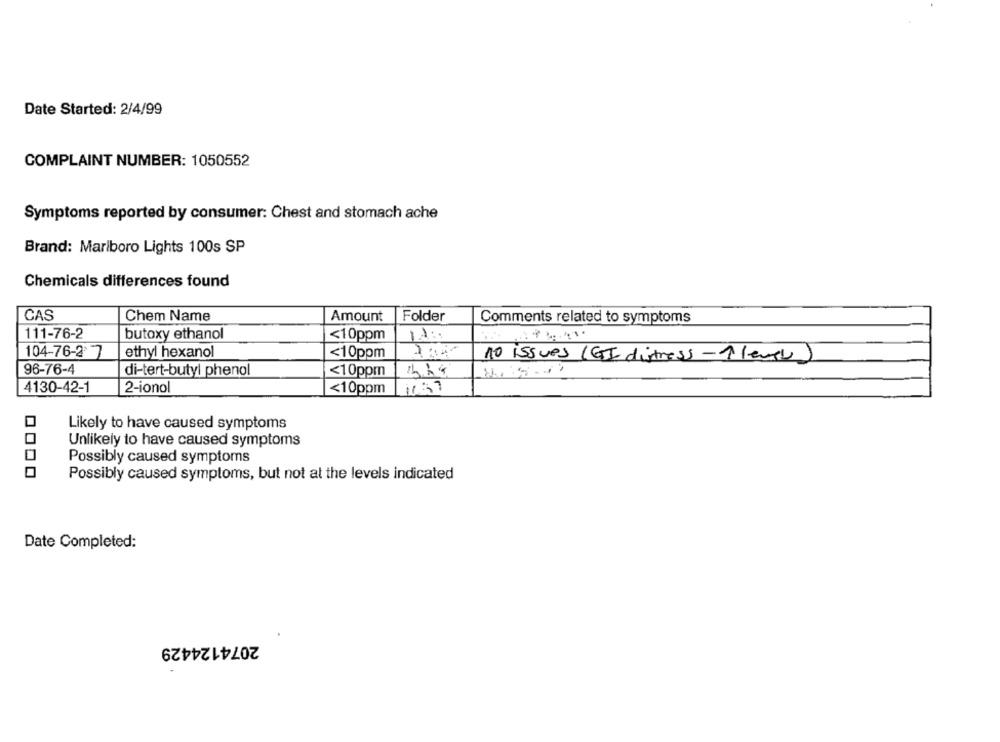
Date Started: 2/4/99
COMPLAINT NUMBER: 1050552
Symptoms reported by consumer: Chest and stomach ache
Brand: Marlboro Lights 100s SP
Chemicals differences found
CAS
Chem Name
Amount
Folder
Comments related to symptoms
111-76-2
butoxy ethanol
<10ppm
12:1
104-76-2 7
ethyl hexanol
<10ppm
10 issues (GI distress -1(evtl)
96-76-4
di-tert-butyl phenol
<10ppm
4130-42-1
2-ionol
<10ppm
Likely to have caused symptoms
Unlikely to have caused symptoms
Possibly caused symptoms
Possibly caused symptoms, but not at the levels indicated
Date Completed:
2074124429